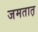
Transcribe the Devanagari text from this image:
जमतात़